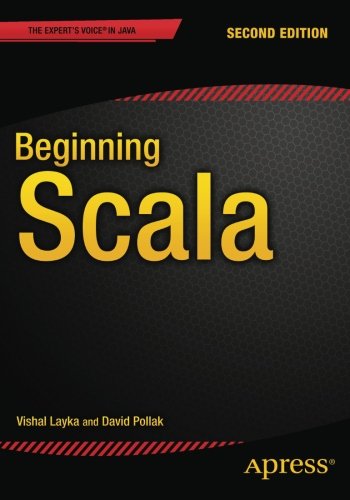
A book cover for Beginning Scala; Vishal Layka; Computers & Technology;